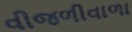
વીજળીવાળા